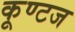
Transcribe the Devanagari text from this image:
कूण्टज